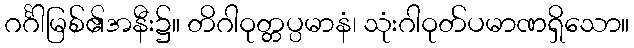
ဂင်္ဂါမြစ်၏အနီး၌။ တိဂါဝုတ္တပ္ပမာနံ၊ သုံးဂါဝုတ်ပမာဏရှိသော။